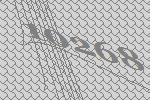
10268